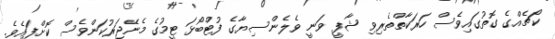
ކޯޗެއްގެ ގޮތުގައިވެސް ހަރަކާތްތެރިވި ޝާފީ ވަނީ ވެލެންސިޔާގެ ފުޓްބޯޅަ ޓީމުގެ މެނޭޖަރުކަންވެސް ކޮށްފައެވެ.